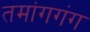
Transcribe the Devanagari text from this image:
तमांगगंग